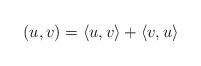
LaTeX: \begin{align*}(u,v)= \langle u, v\rangle + \langle v, u\rangle\end{align*}